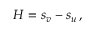
H = s _ { v } - s _ { u } \, ,